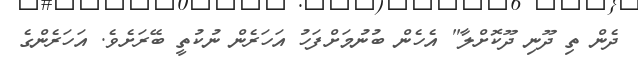
ދެން ތި ދޫނި ދޫކޮށްލާ" އެހެން ބުނުމަށްފަހު އަހަރެން ނުކުތީ ބޭރަށެވެ. އަހަރެންގެ